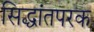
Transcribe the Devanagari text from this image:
सिद्धांतपरक